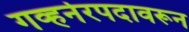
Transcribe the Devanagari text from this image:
गव्हर्नरपदावरून